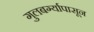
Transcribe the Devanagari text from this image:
गुलबर्ग्यापासून